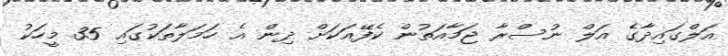
އަލްގައިދާގެ އަލް ނުސްރާ ޖަމާއަތުން ކެފޭއަކަށް ދިން އެ ހަމަލާތަކުގައި 35 މީހަކު